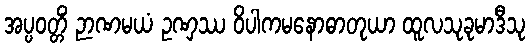
အပ္ပဝတ္တိံ ဉာဏမယံ ဥဏှဿ ဝိပါကမနောဓာတုယာ ထူလသုခုမာဒီသု